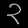
Digit: ၃